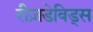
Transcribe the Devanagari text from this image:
रीज़डेविड्स